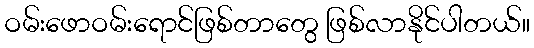
ဝမ်းဖောဝမ်းရောင်ဖြစ်တာတွေ ဖြစ်လာနိုင်ပါတယ်။